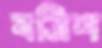
বত্রিশ